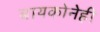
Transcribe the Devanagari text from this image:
बायकोनेही